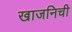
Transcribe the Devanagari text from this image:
खाजनिची